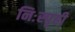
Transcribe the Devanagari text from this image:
निःस्पृही